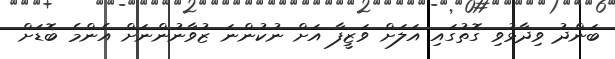
ބަންދު ވިދާޅުވި ގޮތުގައި އަލަށް ވަޒީފާ އަށް ނުކުންނަ ޒުވާނުންނަށް އެންމެ ބޮޑަށް